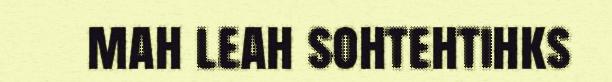
mah leah sohtehtihks